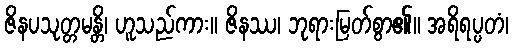
ဇိနပသုတ္တမန္တိ၊ ဟူသည်ကား။ ဇိနဿ၊ ဘုရားမြတ်စွာ၏။ အရိရပ္ပတံ၊